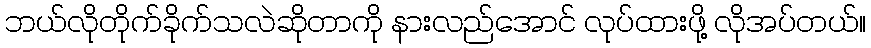
ဘယ်လိုတိုက်ခိုက်သလဲဆိုတာကို နားလည်အောင် လုပ်ထားဖို့ လိုအပ်တယ်။